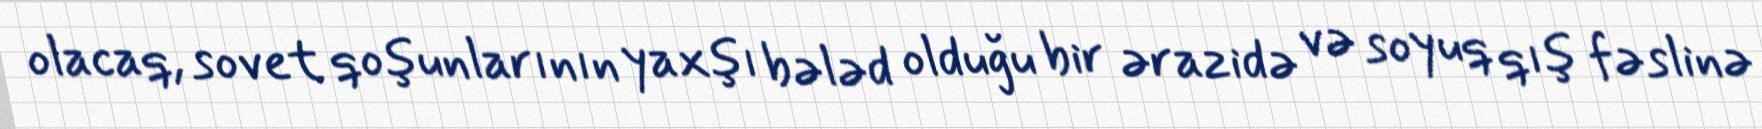
olacaq, sovet qoşunlarının yaxşı bələd olduğu bir ərazidə və soyuq qış fəslinə